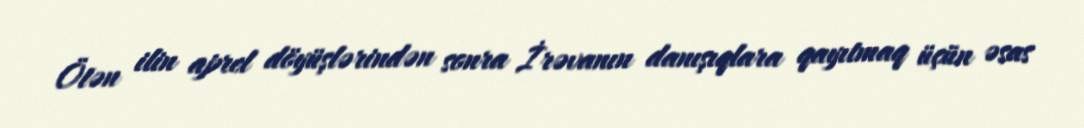
Ötən ilin aprel döyüşlərindən sonra İrəvanın danışıqlara qayıtmaq üçün əsas